Problem: 47 + 4 = ?
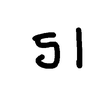
Handwritten answer: 51